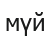
мүй